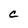
Character: C